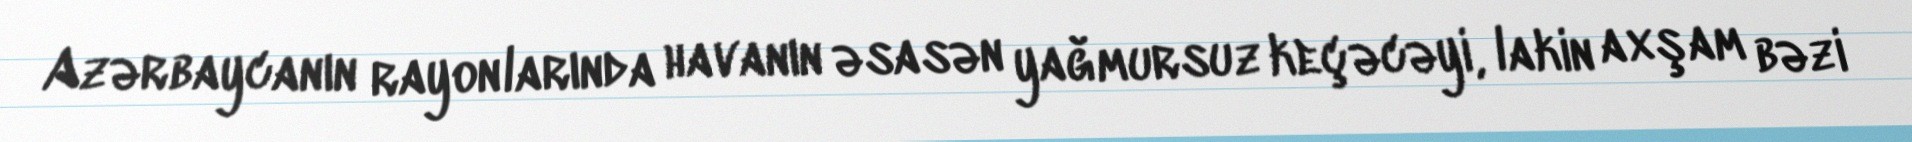
Azərbaycanın rayonlarında havanın əsasən yağmursuz keçəcəyi, lakin axşam bəzi